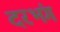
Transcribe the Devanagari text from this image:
दरभंग